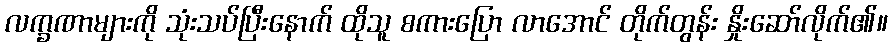
လက္ခဏာများကို သုံးသပ်ပြီးနောက် ထိုသူ စကားပြော လာအောင် တိုက်တွန်း နှိုးဆော်လိုက်၏။